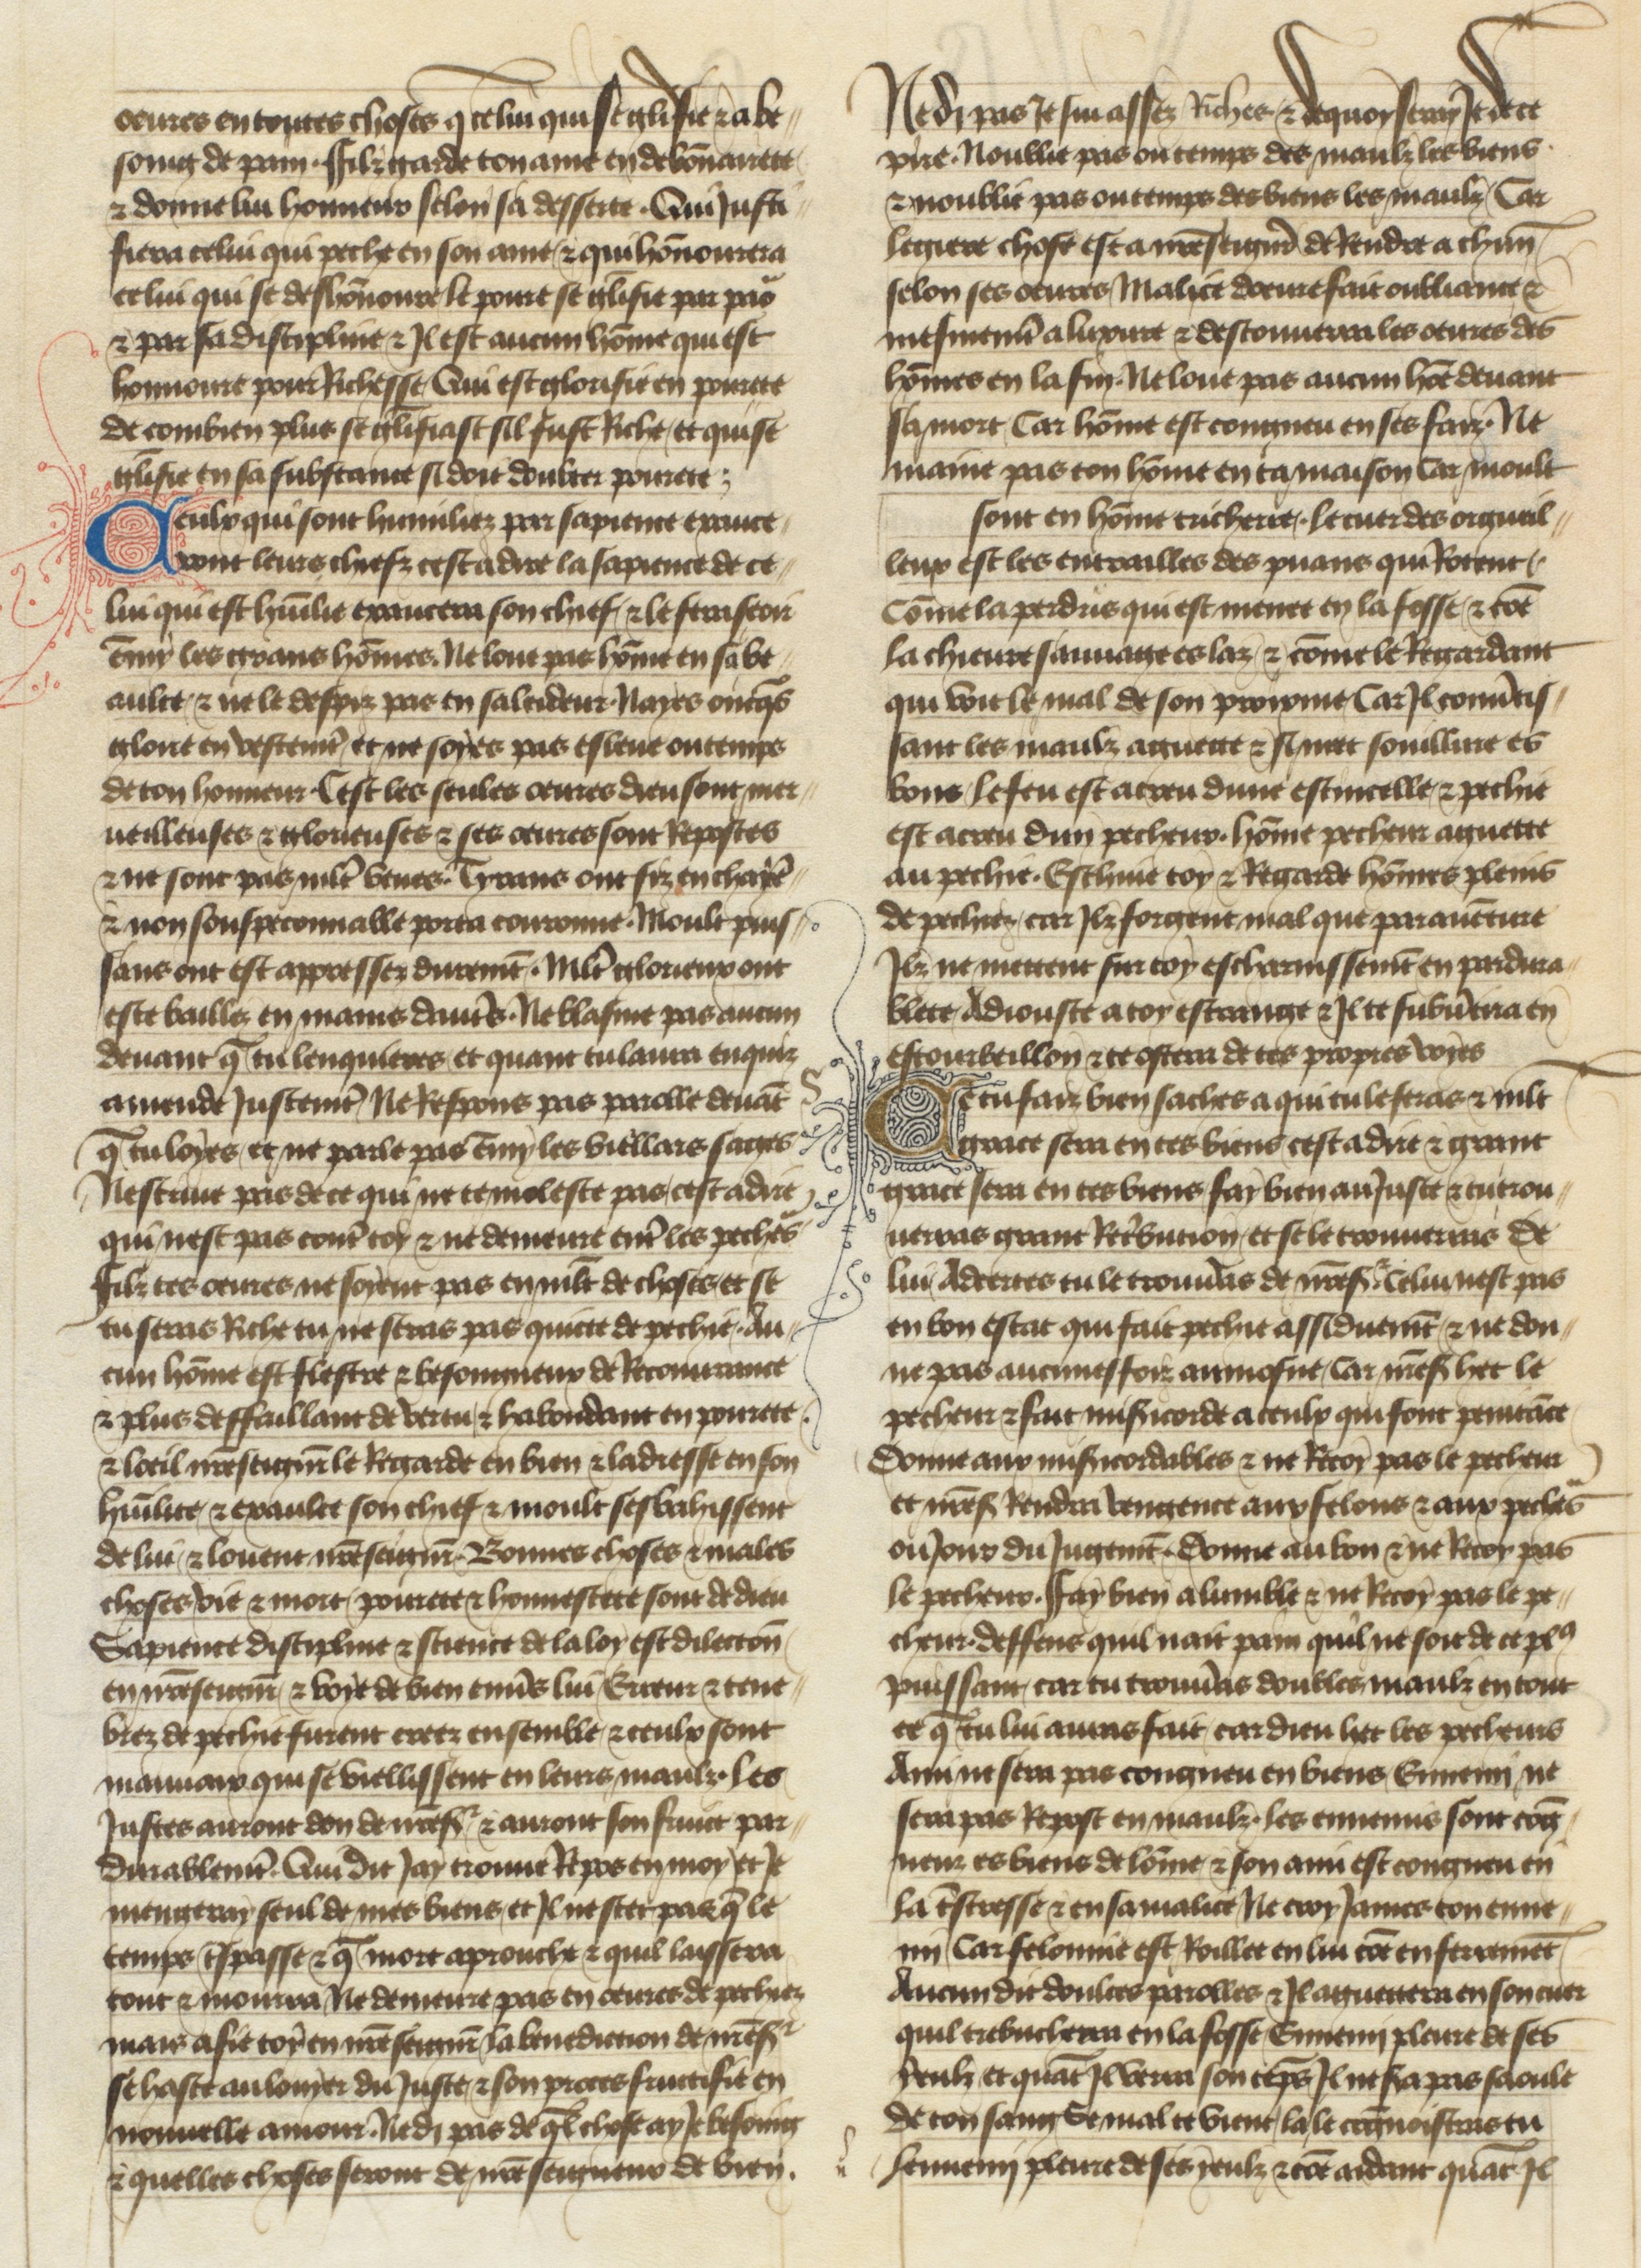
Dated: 1400–1450